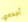
أجدادي